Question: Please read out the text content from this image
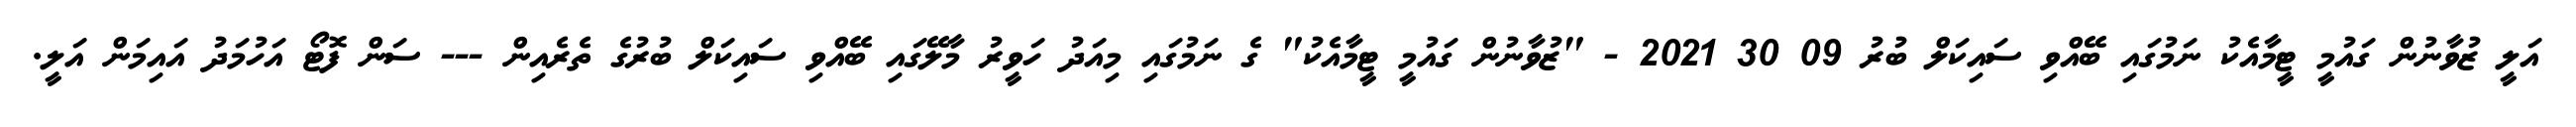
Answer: އަލީ ޒުވާނުން ގައުމީ ޓީމާއެކު ނަމުގައި ބޭއްވި ސައިކަލް ބުރު 09 30 2021 - "ޒުވާނުން ގައުމީ ޓީމާއެކު" ގެ ނަމުގައި މިއަދު ހަވީރު މާލޭގައި ބޭއްވި ސައިކަލް ބުރުގެ ތެރެއިން --- ސަން ފޮޓޯ އަހުމަދު އައިމަން އަލީ.